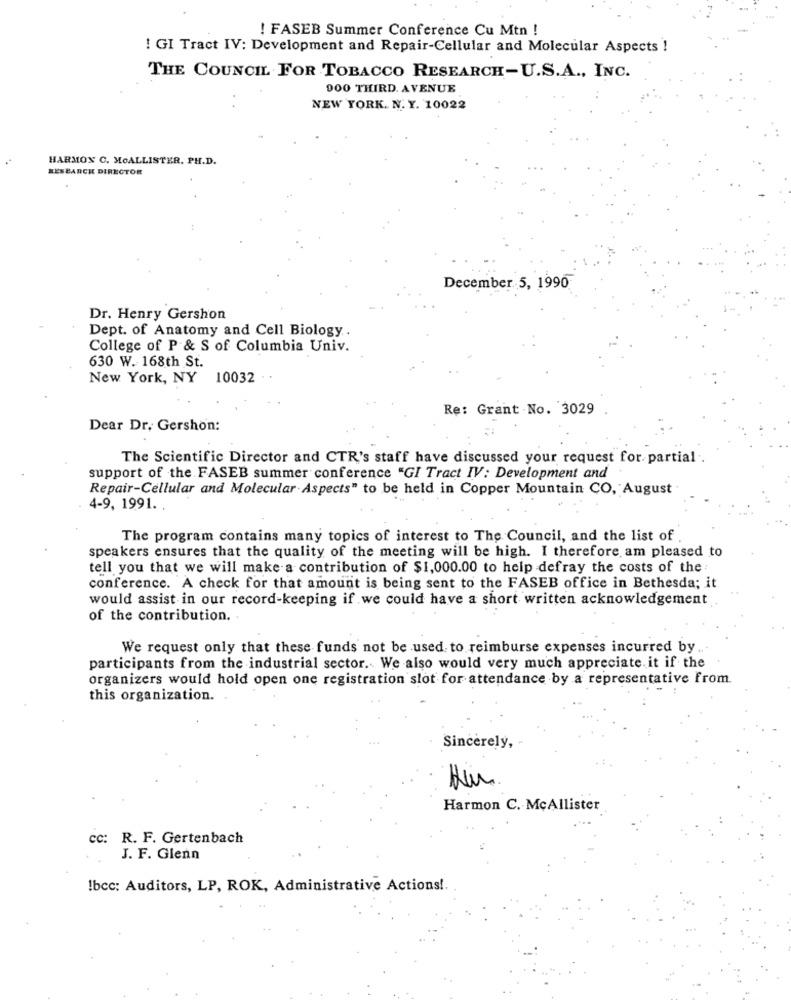
! FASEB Summer Conference Cu Mtn !
! GI Tract IV: Development and Repair-Cellular and Molecular Aspects !
THE COUNCIL FOR TOBACCO RESEARCH-U.S.A ., INC.
000 THIRD. AVENUE
NEW YORK. N. Y. 10022
HARMON C. MOALLISTER, PH.D.
RESEARCH DIRECTOR
December 5, 1990
Dr. Henry Gershon
Dept. of Anatomy and Cell Biology ..
College of P & S of Columbia Univ.
630 W. 168th St.
New York, NY 10032 ..
Re: Grant .No. 3029
Dear Dr. Gershon:
The Scientific Director and CTR's staff have discussed your request for partial .
support of the FASEB summer conference "GI Tract IV: Development and
Repair-Cellular and Molecular- Aspects" to be held in Copper Mountain CO, August
4-9, 1991.
The program contains many topics of interest to The Council, and the list of .
speakers ensures that the quality of the meeting will be high. I therefore am pleased to
tell you that we will make a contribution of $1,000.00 to help defray the costs of the
conference. A check for that amount is being sent to the FASEB office in Bethesda; it
would assist in our record-keeping if we could have a short written acknowledgement
of the contribution ..
We request only that these funds not be used to reimburse expenses incurred by
participants from the industrial sector. We also would very much appreciate. it if the
organizers would hold open one registration slot for attendance by a representative from.
this organization.
Sincerely,
Harmon C. McAllister
cc: R. F. Gertenbach
J. F. Glenn
!bcc: Auditors, LP, ROK, Administrative Actions !.